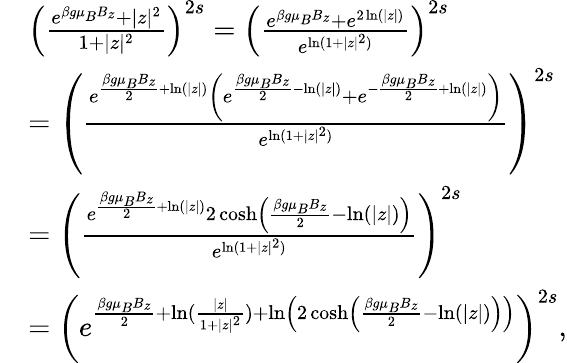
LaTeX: \begin{array}{rl}&{\left(\frac{e^{\beta g\mu_{B}B_{z}}+|z|^{2}}{1+|z|^{2}}\right)^{2s}=\left(\frac{e^{\beta g\mu_{B}B_{z}}+e^{2\ln(|z|)}}{e^{\ln(1+|z|^{2})}}\right)^{2s}}\\ &{=\left(\frac{e^{\frac{\beta g\mu_{B}B_{z}}{2}+\ln(|z|)}\left(e^{\frac{\beta g\mu_{B}B_{z}}{2}-\ln(|z|)}+e^{-\frac{\beta g\mu_{B}B_{z}}{2}+\ln(|z|)}\right)}{e^{\ln(1+|z|^{2})}}\right)^{2s}}\\ &{=\left(\frac{e^{\frac{\beta g\mu_{B}B_{z}}{2}+\ln(|z|)}2\cosh\left(\frac{\beta g\mu_{B}B_{z}}{2}-\ln(|z|)\right)}{e^{\ln(1+|z|^{2})}}\right)^{2s}}\\ &{=\left(e^{\frac{\beta g\mu_{B}B_{z}}{2}+\ln(\frac{|z|}{1+|z|^{2}})+\ln\left(2\cosh\left(\frac{\beta g\mu_{B}B_{z}}{2}-\ln(|z|)\right)\right)}\right)^{2s},}\end{array}